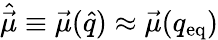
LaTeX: \hat{\vec{\mu}}\equiv\vec{\mu}(\hat{q})\approx\vec{\mu}(q_{\mathrm{{eq}}})